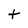
Character: t